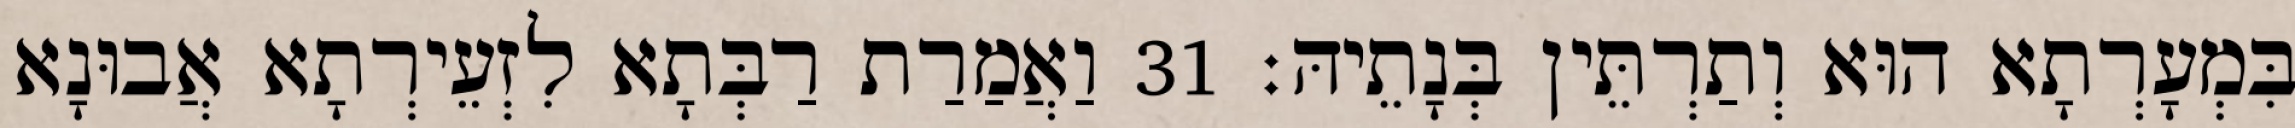
בִּמְעָרְתָא הוּא וְתַרְתֵּין בְּנָתֵיהּ׃ 31 וַאֲמַרַת רַבְּתָא לִזְעֵירְתָא אֲבוּנָא